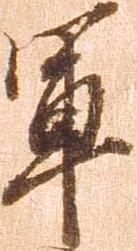
軍